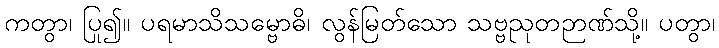
ကတွာ၊ ပြု၍။ ပရမာသိသမ္ဗောဓိ၊ လွန်မြတ်သော သဗ္ဗညုတဉာဏ်သို့။ ပတွာ၊